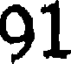
91